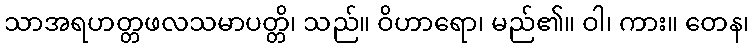
သာအရဟတ္တဖလသမာပတ္တိ၊ သည်။ ဝိဟာရော၊ မည်၏။ ဝါ၊ ကား။ တေန၊